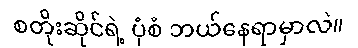
စတိုးဆိုင်ရဲ့ ပုံစံ ဘယ်နေရာမှာလဲ။